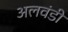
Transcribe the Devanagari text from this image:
अलवंडी